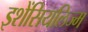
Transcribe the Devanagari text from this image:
इशेंसियलिज्म